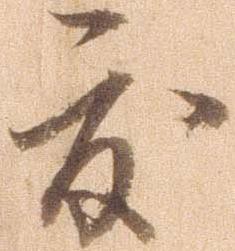
度